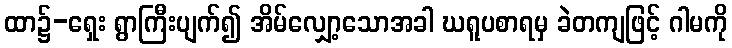
ထာ၌-ရှေး ရွာကြီးပျက်၍ အိမ်လျှော့သောအခါ ဃရူပစာရမှ ခဲတကျဖြင့် ဂါမကို